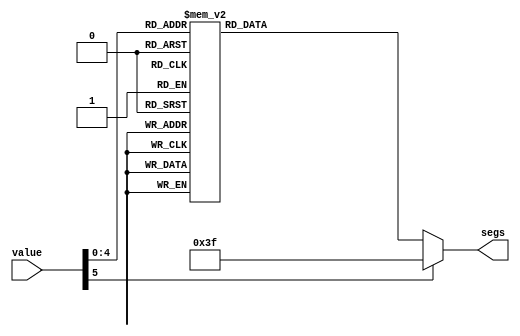
/*
   This file was generated automatically by the Mojo IDE version B1.3.6.
   Do not edit this file directly. Instead edit the original Lucid source.
   This is a temporary file and any changes made to it will be destroyed.
*/

module digit_lut_16 (
    input [5:0] value,
    output reg [7:0] segs
  );
  
  
  
  always @* begin
    
    case (value)
      1'h0: begin
        segs = 7'h3f;
      end
      1'h1: begin
        segs = 7'h06;
      end
      2'h2: begin
        segs = 7'h5b;
      end
      2'h3: begin
        segs = 7'h4f;
      end
      3'h4: begin
        segs = 7'h66;
      end
      3'h5: begin
        segs = 7'h6d;
      end
      3'h6: begin
        segs = 7'h7d;
      end
      3'h7: begin
        segs = 7'h07;
      end
      4'h8: begin
        segs = 7'h7f;
      end
      4'h9: begin
        segs = 7'h67;
      end
      4'ha: begin
        segs = 7'h00;
      end
      4'hb: begin
        segs = 7'h77;
      end
      4'hc: begin
        segs = 7'h38;
      end
      4'hd: begin
        segs = 7'h3e;
      end
      4'he: begin
        segs = 7'h7c;
      end
      4'hf: begin
        segs = 7'h73;
      end
      5'h10: begin
        segs = 7'h79;
      end
      default: begin
        segs = 7'h3f;
      end
    endcase
  end
endmodule